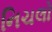
નિચલો